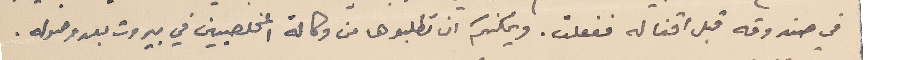
في صندوقه قبل اقفاله ففعلت. ويمكنكم ان تطلبوها من وكالة المخلصيين في بيروت بعد وصوله.